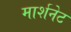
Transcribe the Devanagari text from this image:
मार्शनेट